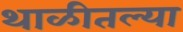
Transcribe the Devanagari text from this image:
थाळीतल्या